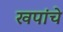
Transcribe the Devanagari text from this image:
खपांचे